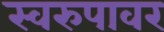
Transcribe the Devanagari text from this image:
स्वरुपावर